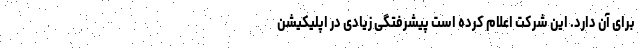
برای آن دارد. این شرکت اعلام کرده است پیشرفتگی زیادی در اپلیکیشن